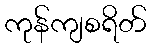
ကုန်ကျစရိတ်